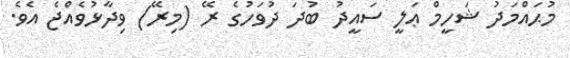
މުޙައްމަދު ޝަހީމް ޢަލީ ސައީދު ބުދަ ދުވަހުގެ ރޭ (މިރޭ) ވިދާޅުވެއްޖެ އެވެ.